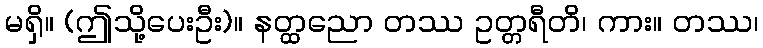
မရှိ။ (ဤသို့ပေးဦး)။ နတ္ထညော တဿ ဥတ္တရီတိ၊ ကား။ တဿ၊